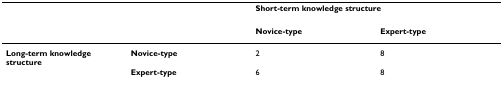
|  |  | <COLSPAN=2> Short-term knowledge structure |
 |  |  | Novice-type | Expert-type |
 | --- | --- | --- | --- |
 | Long-term knowledge structure | Novice-type | 2 | 8 |
 |  | Expert-type | 6 | 8 |